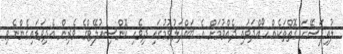
ލުއިފަސޭހަ ގޮތްތަކެއް ހޯއްދަވައި ދެއްވުމަށް އެ ބައްދަލުވުމުގައި ދިވެހި ކޮންސިއުލޭޓްގެ ވެރިން އެދިވަޑައިގެންނެވި